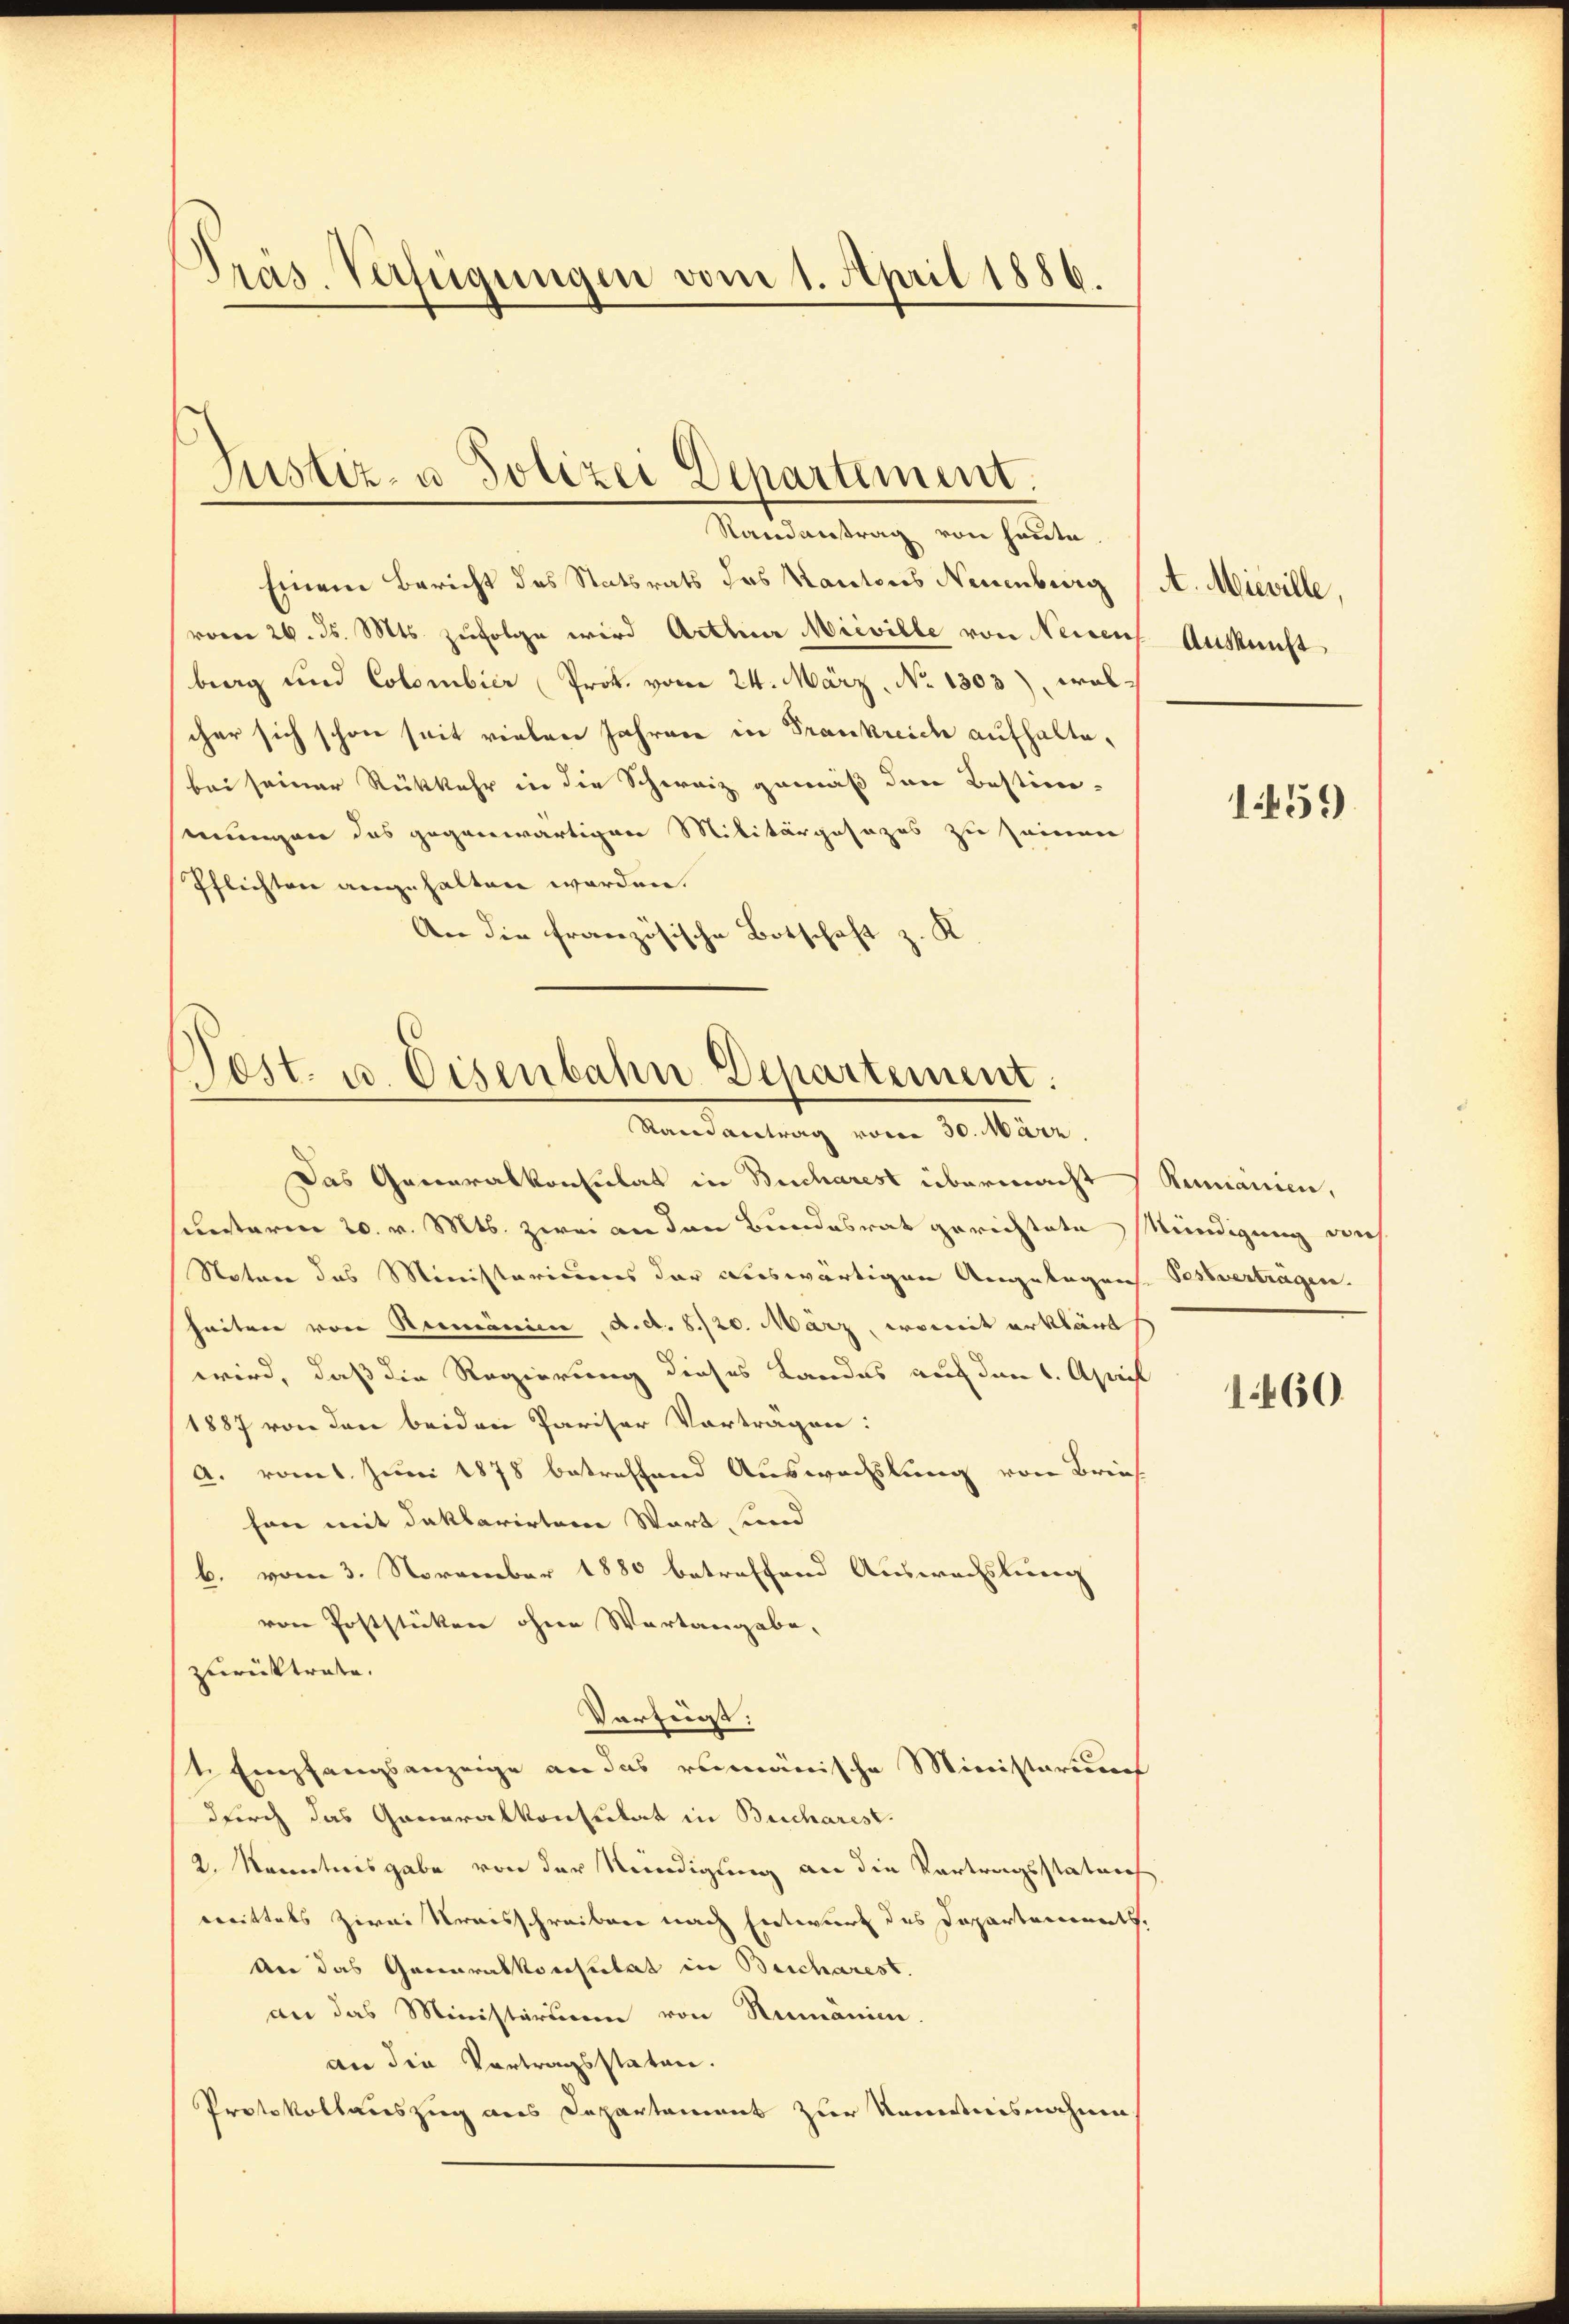
Pras. Verfügungen vom 1. April 1886.

Justiz- u Polizei Departement.
Randantrag von heute.

Einem Bericht des Statsrats das Kantons Neuenburg
(vom 26. d. Mts. zufolge wird Arthur Mieville von Neisen
brag und Colombier Prok. vom 24. März, No 1303), wolcher sich schon seit vielen Jahren in Frankreich aufhalte,
bei seiner Rückkehr in die Schweiz gemäß den Bestim-
mungen das gegenwärtigen Militärgesezes zu seinen
Pflichten angehalten worden.
An die französische Botschaft z. K

Post. u. Eisenbahn Departement.
Randantrag vom 30. März.

Das Generalkonsulat in Bucharest übermacht
unterm 20. v. Mts. zwei an den Bundesrat gerichtete Kündigung auf
Noter das Ministeriums der dieswärtigen Angelegens. Sessverträgen.
heiten von Romanien d. d. 8./20. März, womit erklärt
wird, daß die Regierung dieses Landes auf den 1. April
1887 von den beiden Pariser Vorträgen:
A. romt Juni 1878 betreffend Auswechslung von Brief
han mit daklarirten Wort, und
b. vom 3. November 1880 betreffend Auswachslung
von Poststücken ohne Wartangabe,
zurücktrate.
Verfügt:
t Empfangsanzeige an das rumänische Ministeriums
durch das Generalkonsulat in Bucharest.
2. Kenntnisgabe von der Kündigung an die Vortragsstaturh
Brittels zwei Vereisschreiben nach Entwurf des Departemonats,
An das Generalkonsulat in Bescharest.
an das Ministerium von Rumänien.
an die Vortragsstaten.
Protokollauszug aus Departement zur Kenntnisnahme

A. Mieville,
Auskunft

1459

Rumanien,

160.